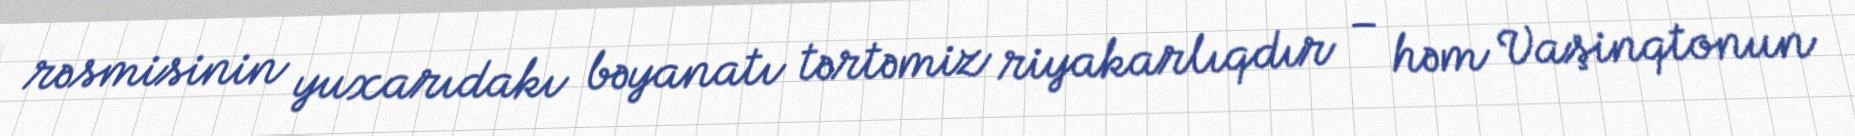
rəsmisinin yuxarıdakı bəyanatı tərtəmiz riyakarlıqdır – həm Vaşinqtonun